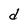
Character: d